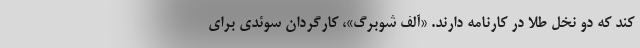
کند که دو نخل طلا در کارنامه دارند. «آلف شوبرگ»، کارگردان سوئدی برای